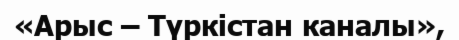
«Арыс – Түркістан каналы»,